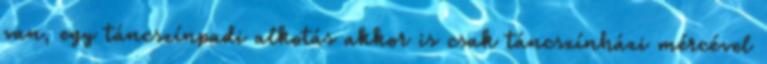
van, egy táncszínpadi alkotás akkor is csak táncszínházi mércével